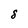
Character: 8